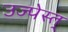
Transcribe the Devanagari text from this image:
उज्पेस्त्